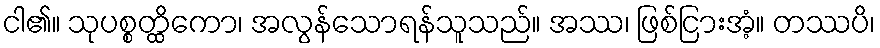
ငါ၏။ သုပစ္စတ္ထိကော၊ အလွန်သောရန်သူသည်။ အဿ၊ ဖြစ်ငြားအံ့။ တဿပိ၊